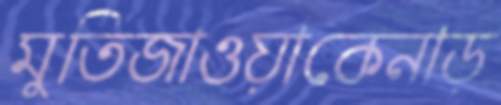
মুতিজাওয়াকেনাড়